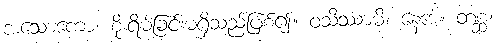
အသောကော၊ စိုးရိမ်ခြင်းမရှိသည်ဖြစ်၍။ ဝသိဿာမိ၊ နေအံ့။ တစ္ဆ၊